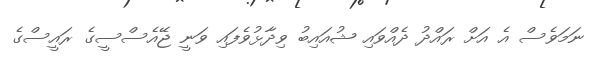
ނަމަވެސް އެ އަށް ރައްދު ދެއްވައި ޝުއައިބު ވިދާޅުވެފައި ވަނީ ޖޭއެސްސީގެ ރައީސްގެ